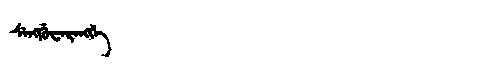
Manchu: ᠰᡝᠩᡤᡠᠸᡝᡵᡝᠩᡤᡝ
Romanization: SENGGUWERENGGE